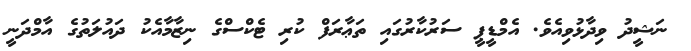
ނަޝީދު ވިދާޅުވިއެވެ. އެމްޑީޕީ ސަރުކާރުގައި ތަޢާރަފް ކުރި ޓެކްސްގެ ނިޒާމާއެކު ދައުލަތުގެ އާމްދަނީ